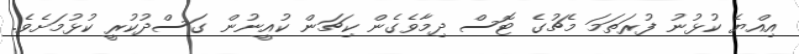
އިއްޔެ ކުޅުނު ފުރަތަމަ މެޗުގެ ޓޮސް ދިމާވެގެން ކިޗަން ކުއީނުން ގަސްދުކުރީ ކުޅުމަށެވެ.